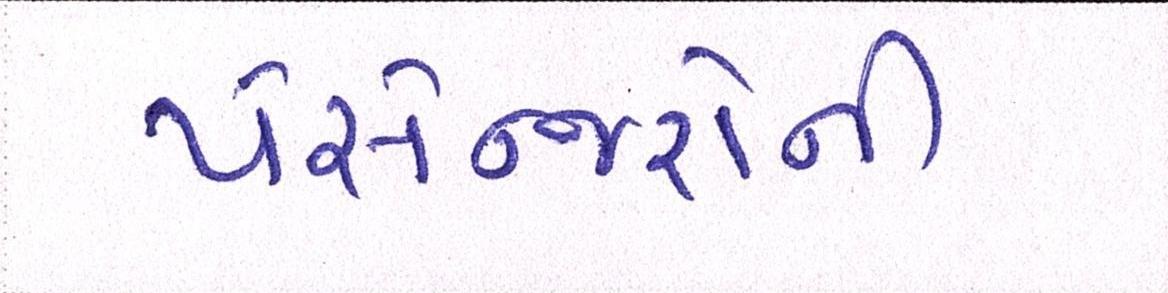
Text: પેસેન્જરોની